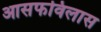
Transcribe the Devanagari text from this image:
आसफविलास